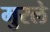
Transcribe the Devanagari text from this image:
मुरले